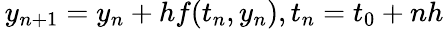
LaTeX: \, y_{n+1}=y_{n}+hf(t_{n},y_{n}),t_{n}=t_{0}+nh